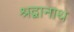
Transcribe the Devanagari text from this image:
श्रद्वानाथ